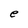
Character: e